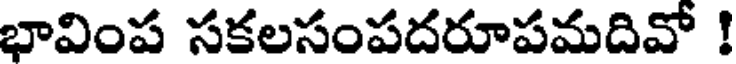
భావింప సకలసంపదరూపమదివో !